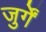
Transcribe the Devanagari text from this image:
जुर्गें